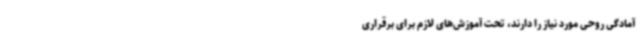
آمادگی‌ روحی مورد نیاز را دارند، تحت آموزش‌های لازم برای برقراری